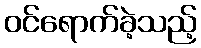
ဝင်ရောက်ခဲ့သည့်